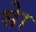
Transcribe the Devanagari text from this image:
सेा